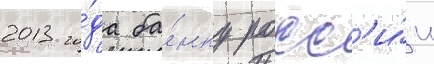
2013 го́да ба́нку росс'и́и